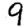
Digit: 9